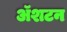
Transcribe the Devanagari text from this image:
ॲशटन